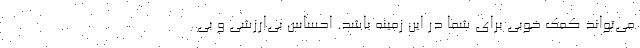
می‌تواند کمک خوبی برای شما در این زمینه باشد. احساس بی‌ارزشی و بی